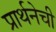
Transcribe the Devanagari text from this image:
प्रार्थनेची